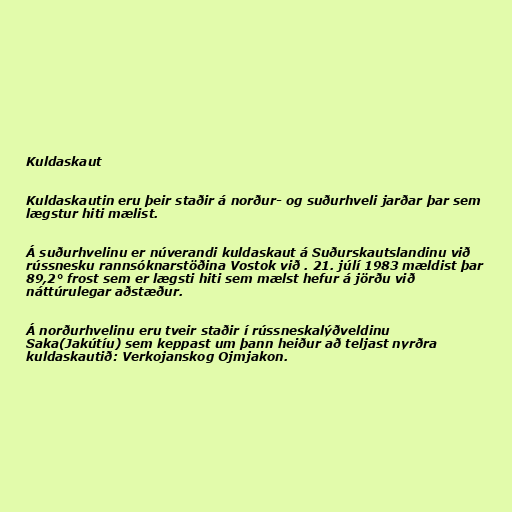
Kuldaskaut

Kuldaskautin eru þeir staðir á norður- og suðurhveli jarðar þar sem
lægstur hiti mælist.

Á suðurhvelinu er núverandi kuldaskaut á Suðurskautslandinu við
rússnesku rannsóknarstöðina Vostok við . 21. júlí 1983 mældist þar
89,2° frost sem er lægsti hiti sem mælst hefur á jörðu við
náttúrulegar aðstæður.

Á norðurhvelinu eru tveir staðir í rússneskalýðveldinu
Saka(Jakútíu) sem keppast um þann heiður að teljast nyrðra
kuldaskautið: Verkojanskog Ojmjakon.